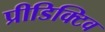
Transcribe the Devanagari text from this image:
प्रीडिक्टिव